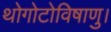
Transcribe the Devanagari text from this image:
थोगोटोविषाणु।